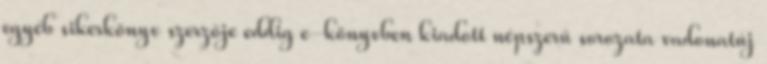
egyéb sikerkönyv szerzője eddig e-könyvben kiadott népszerű sorozata vadonatúj